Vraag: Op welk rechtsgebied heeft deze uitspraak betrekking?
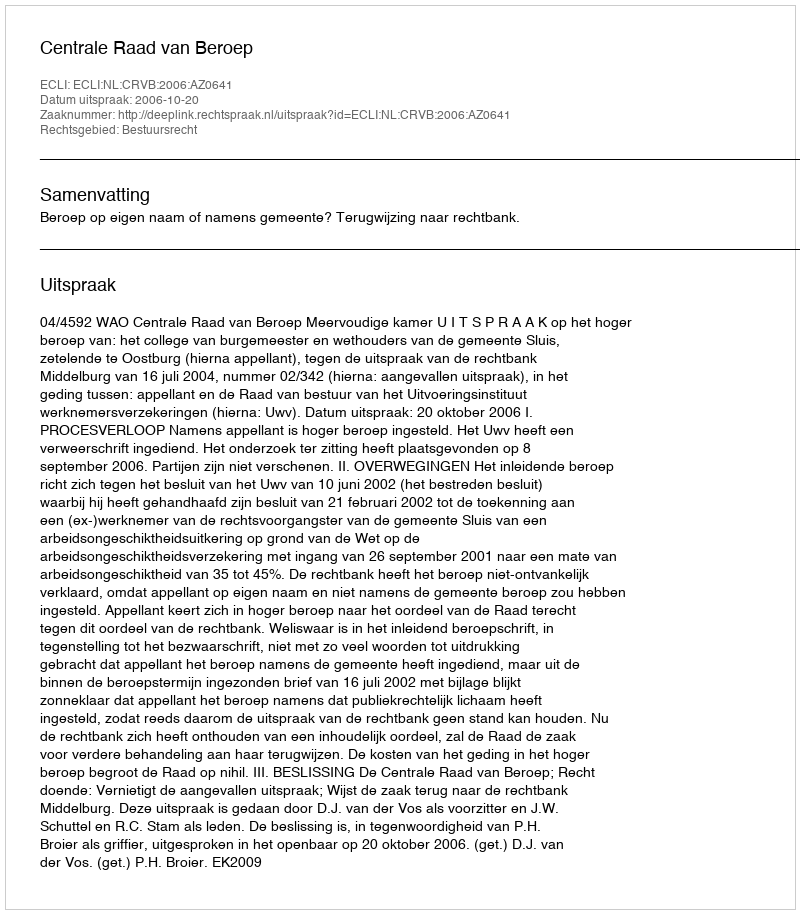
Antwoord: Bestuursrecht